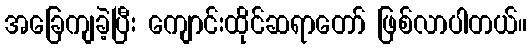
အခြေကျခဲ့ပြီး ကျောင်းထိုင်ဆရာတော် ဖြစ်လာပါတယ်။